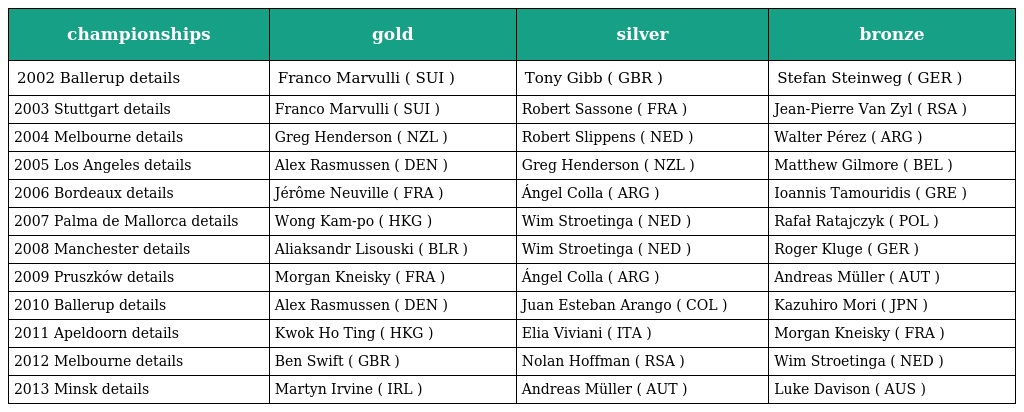
| championships | gold | silver | bronze |
 | --- | --- | --- | --- |
 | 2002 Ballerup details | Franco Marvulli ( SUI ) | Tony Gibb ( GBR ) | Stefan Steinweg ( GER ) |
 | 2003 Stuttgart details | Franco Marvulli ( SUI ) | Robert Sassone ( FRA ) | Jean-Pierre Van Zyl ( RSA ) |
 | 2004 Melbourne details | Greg Henderson ( NZL ) | Robert Slippens ( NED ) | Walter Pérez ( ARG ) |
 | 2005 Los Angeles details | Alex Rasmussen ( DEN ) | Greg Henderson ( NZL ) | Matthew Gilmore ( BEL ) |
 | 2006 Bordeaux details | Jérôme Neuville ( FRA ) | Ángel Colla ( ARG ) | Ioannis Tamouridis ( GRE ) |
 | 2007 Palma de Mallorca details | Wong Kam-po ( HKG ) | Wim Stroetinga ( NED ) | Rafał Ratajczyk ( POL ) |
 | 2008 Manchester details | Aliaksandr Lisouski ( BLR ) | Wim Stroetinga ( NED ) | Roger Kluge ( GER ) |
 | 2009 Pruszków details | Morgan Kneisky ( FRA ) | Ángel Colla ( ARG ) | Andreas Müller ( AUT ) |
 | 2010 Ballerup details | Alex Rasmussen ( DEN ) | Juan Esteban Arango ( COL ) | Kazuhiro Mori ( JPN ) |
 | 2011 Apeldoorn details | Kwok Ho Ting ( HKG ) | Elia Viviani ( ITA ) | Morgan Kneisky ( FRA ) |
 | 2012 Melbourne details | Ben Swift ( GBR ) | Nolan Hoffman ( RSA ) | Wim Stroetinga ( NED ) |
 | 2013 Minsk details | Martyn Irvine ( IRL ) | Andreas Müller ( AUT ) | Luke Davison ( AUS ) |